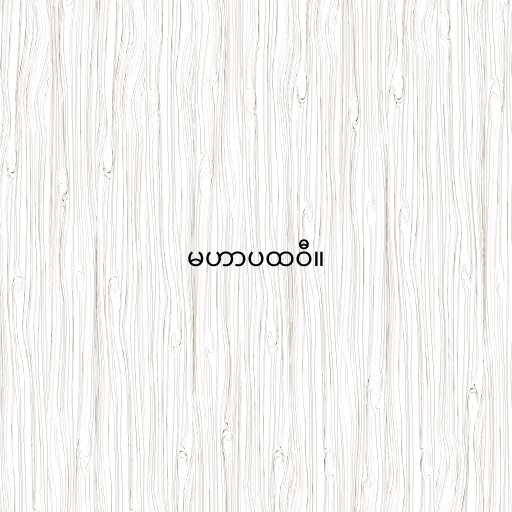
မဟာပထဝီ။